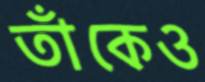
তাঁকেও